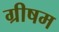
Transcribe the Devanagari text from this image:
ग्रीषम